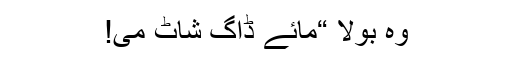
وہ بولا “مائے ڈاگ شاٹ می!